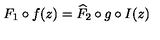
F _ { 1 } \circ f ( z ) = \widehat { F } _ { 2 } \circ g \circ I ( z )